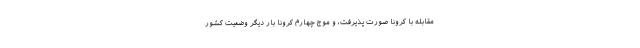
مقابله با کرونا صورت پذیرفت، و موج چهارم کرونا بار دیگر وضعیت کشور